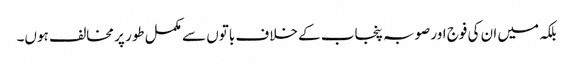
بلکہ میں ان کی فوج اور صوبہ پنجاب کے خلاف باتوں سے مکمل طور پر مخالف ہوں۔